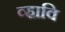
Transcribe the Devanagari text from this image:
व्हावि